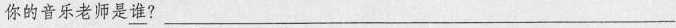
你的音乐老师是\underline{谁}?___